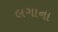
લગાના